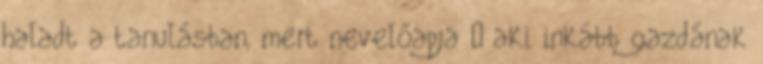
haladt a tanulásban, mert nevelőapja – aki inkább gazdának